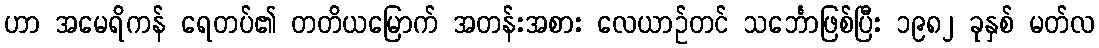
ဟာ အမေရိကန် ရေတပ်၏ တတိယမြောက် အတန်းအစား လေယာဉ်တင် သင်္ဘောဖြစ်ပြီး ၁၉၈၂ ခုနှစ် မတ်လ